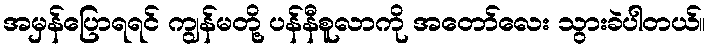
အမှန်ပြောရရင် ကျွန်မတို့ ပန်နီစူလာကို အတော်လေး သွားခဲပါတယ်။